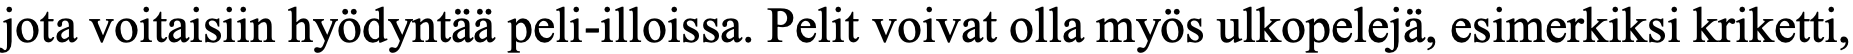
jota voitaisiin hyödyntää peli-illoissa. Pelit voivat olla myös ulkopelejä, esimerkiksi kriketti,